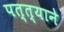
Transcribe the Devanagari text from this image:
पत्त्याने